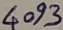
Text: 4093